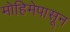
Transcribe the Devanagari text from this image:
मोहिमेपासून